Eesti_Vabariigi_Tartu_Ulikool, lk 36
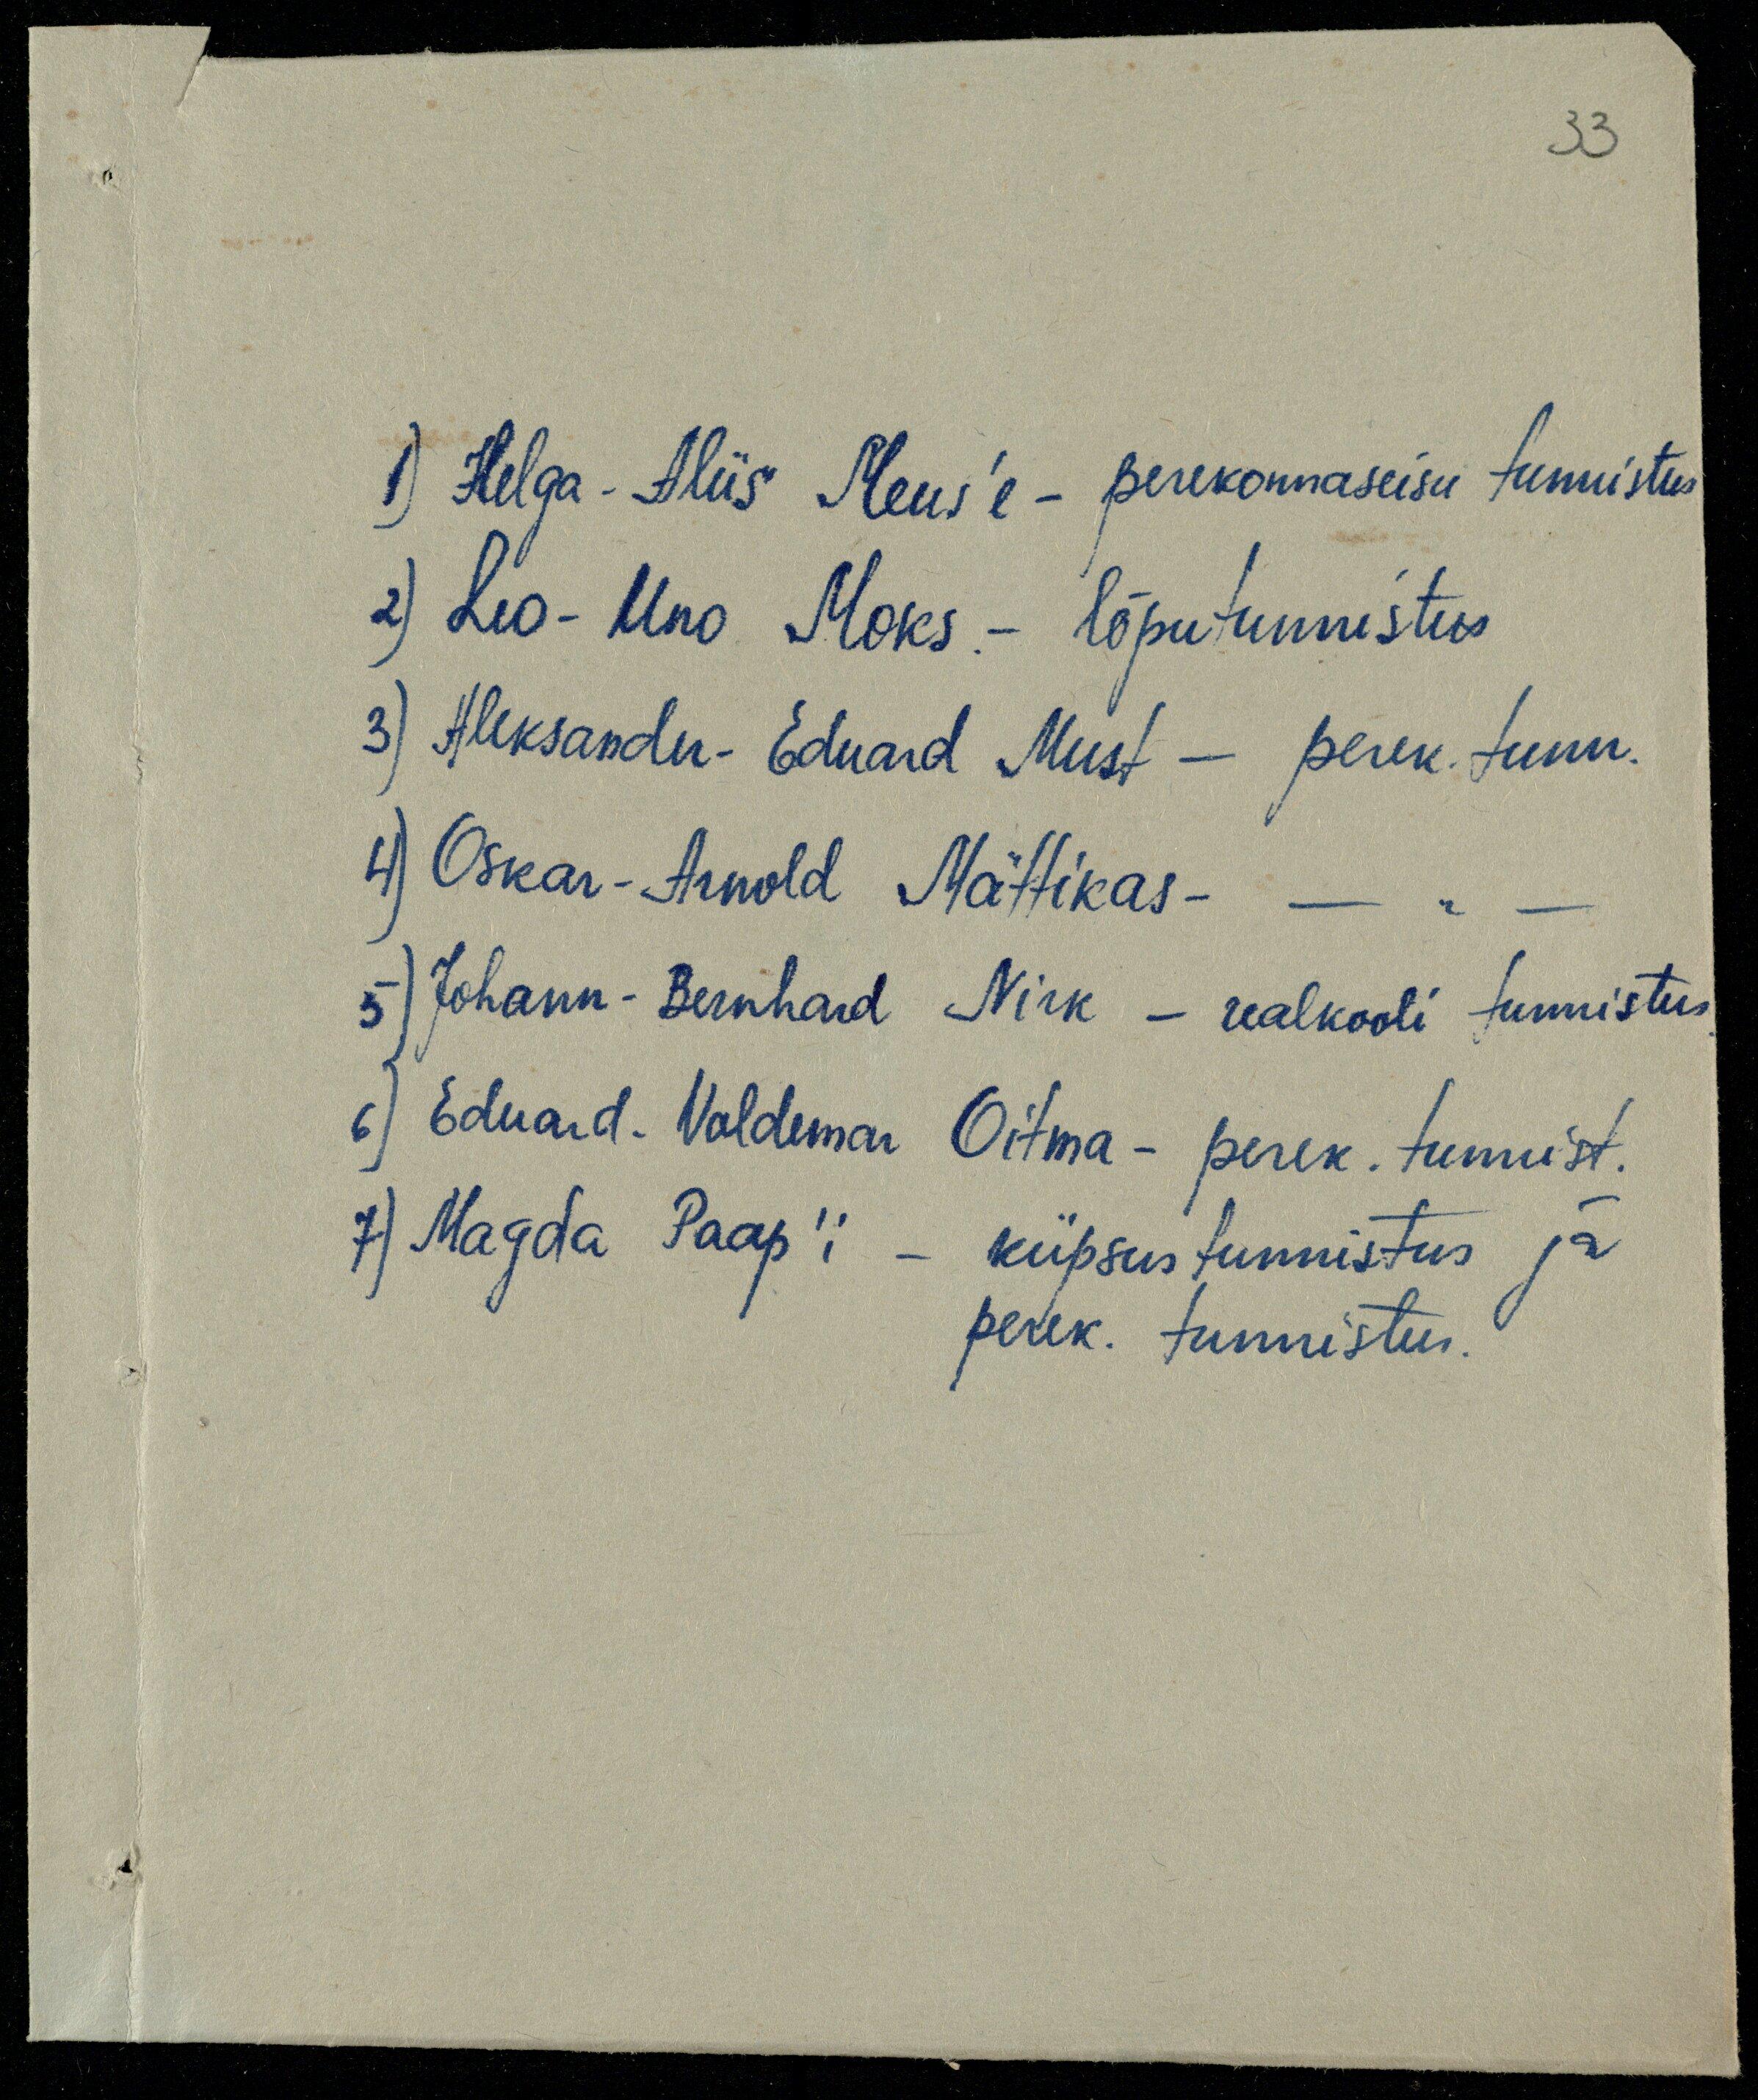
33
1) Helga-Aliis Meus'e - perekonnaseisu tunnistus
2) Leo-Uno Moks - lõputunnistus
3) Aleksander-Eduard Must - perek tunn.
4) Oskar-Arnold Mättikas- -"-
5) Johann-Bernhard Nirk - realkooli tunnistus
6) Eduard-Valdemar Oitma - perek. tunnist.
7) Magda Paap'i - küpsustunnistus ja
perek. tunnistus.